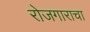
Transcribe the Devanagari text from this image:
रोजगाराचा